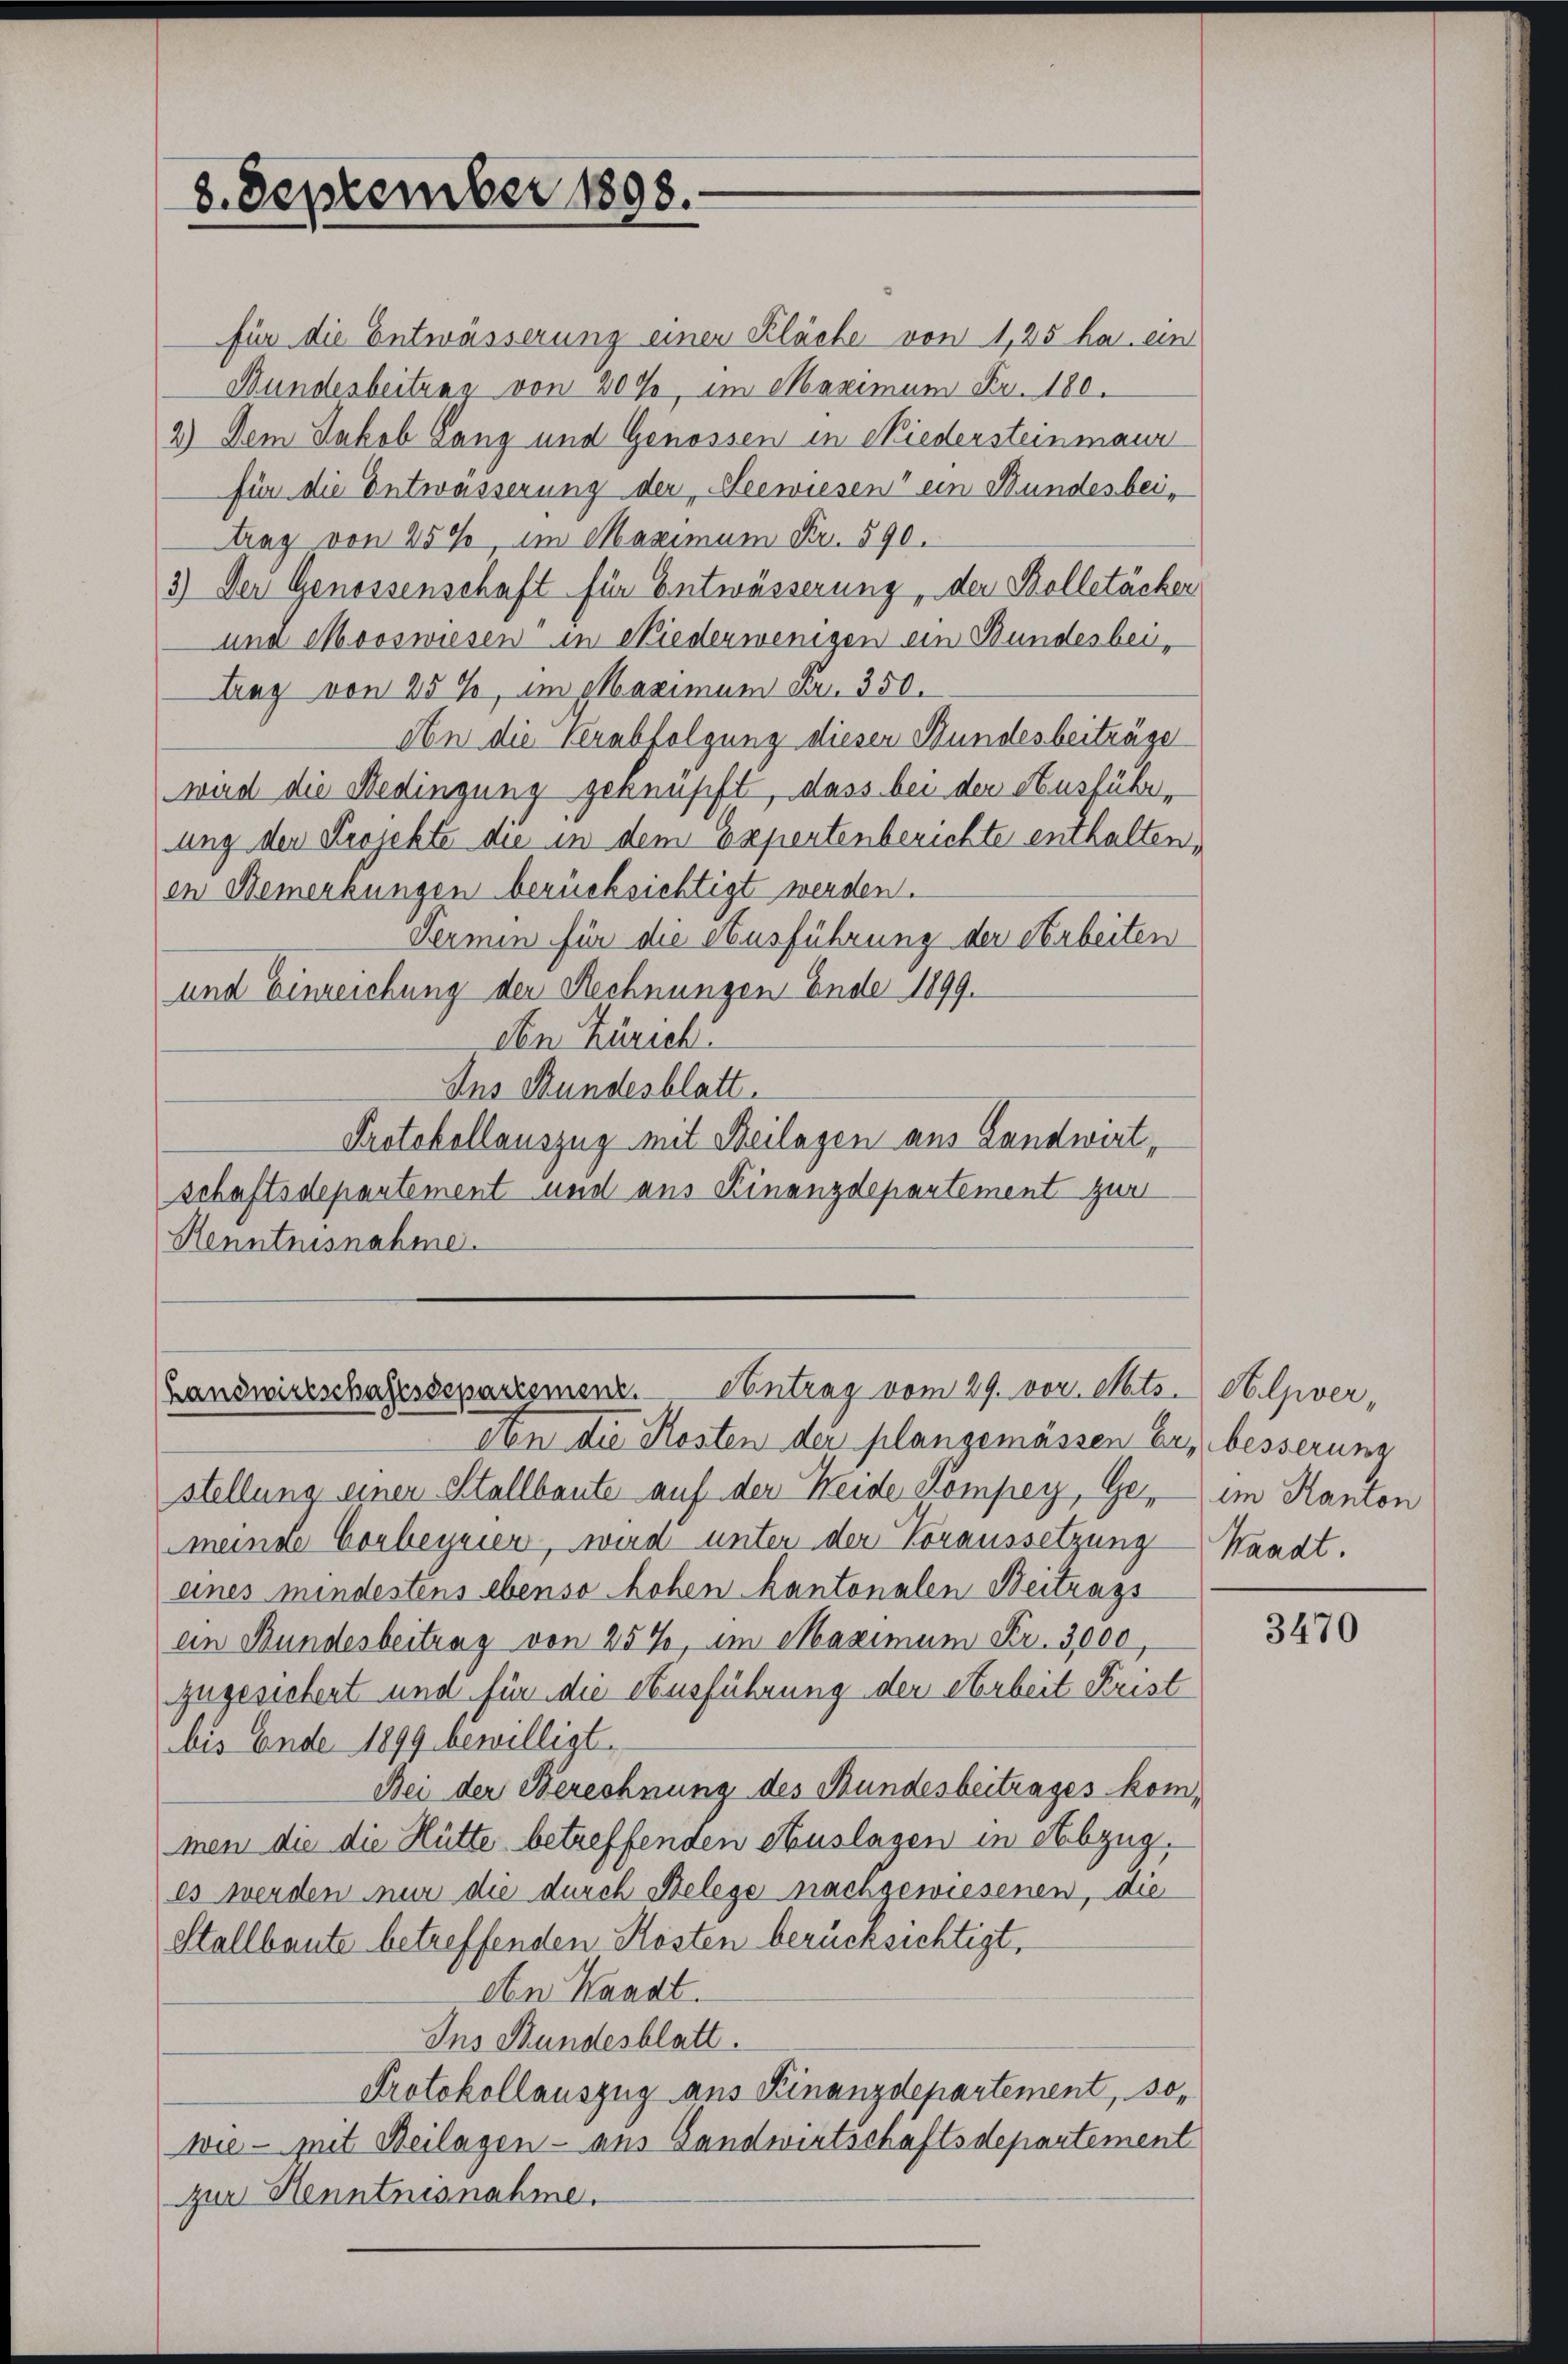
8. September 1893.

für die Entwässerung einer Kläche von 1,25 ha. ein
Bundesbeitung von 30 f., im Maximum Fr. 180.
2.) Dem Jakob Lang und Genossen in Niedersteinmaur
für die Entwässerung der Seewiesen“ ein Bundesbeitrag von 25%, im Maximum Fr. 590.
3) Der Genossenschaft für Entwässerung, der Bolletäcker
und Mooswiesen“ in Niederwenigen ein Bundesbeitrag von 25 %, im Maximum Fr. 350.
An die Verabfolgung diesen Bundesbeiträge
wird die Bedingung geknüpft, dass bei der Ausführe
ung den Projekte die in dem Expertenberichte enthalten,
en Bemerkungen berücksichtigt werden.
Fermin für die Ausführung der Arbeiten
und Einreichung der Rechnungen Ende 1899.
Aen Zürich.
Ins Bundesblatt.
Protokollauszug mit Beilagen aus Landwirtschaftsdepartement und aus Finanzdepartement zur
Renntnisnahme.

Landwirtschaftssepartemenz. Antrag vom 29. vor. Mts. Helver,
Von die Kosten der plangemässen Er besserung

stellung einer Stallbaute auf der Heide Kompey, Ge- im Kanton
meinete Corbeyrier, wird unter der Voraussetzung Waadt.
eines mindestens ebenso hohen kantonalen Beitrags
ein Bundesbeitung von 25%, im Maximum Fr. 3,000,
zugesichert und für die Ausführung der Arbeit Frist
bis Ende 1899 bewilligt.
Bei der Berechnung des Bundesbeitrages kommen die die Hütte betreffenden Auslagen in Abzug.
es werden nur die durch Belege nachgewiesenen, die
Stallbaute betreffenden Kosten berücksichtigt.
An Waadt.
Ins Bundesblatt.
Protokollauszug aus Finanzdepartement, sowie - mit Beilagen - aus Gandwirtschaftsdepartement
zur Henntnisnahme.

3470